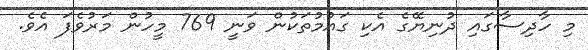
މި ހާދިސާގައި ދުނިޔޭގެ އެކި ގައުމުތަކުން ވަނީ 769 މީހުން މަރުވެފަ އެވެ.